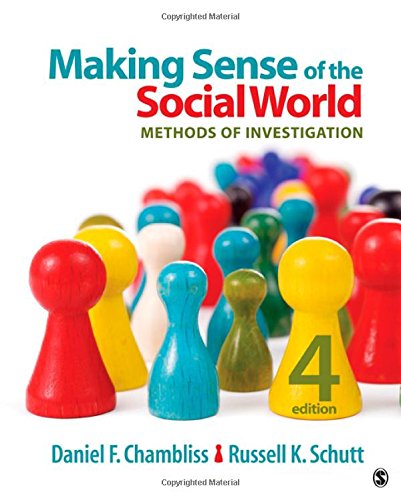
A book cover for Making Sense of the Social World: Methods of Investigation; Daniel F. Chambliss; Politics & Social Sciences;